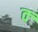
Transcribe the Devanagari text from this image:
क्‍